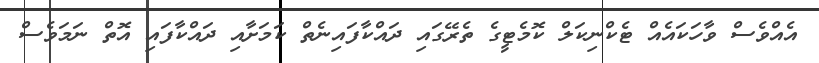
އެއްވެސް ވާހަކައެއް ޓެކްނިކަލް ކޮމެޓީގެ ތެރޭގައި ދައްކާފައިނެތް ކަމަށާއި ދައްކާފައި އޮތް ނަމަވެސް